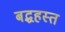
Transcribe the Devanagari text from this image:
बद्धहस्त